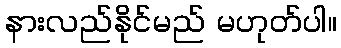
နားလည်နိုင်မည် မဟုတ်ပါ။